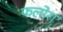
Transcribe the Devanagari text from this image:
फलोरा